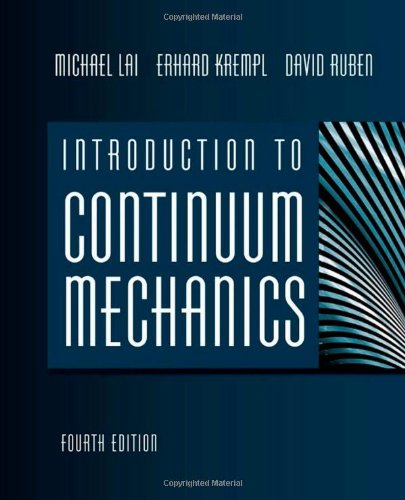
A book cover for Introduction to Continuum Mechanics, Fourth Edition; W Michael Lai; Medical Books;